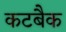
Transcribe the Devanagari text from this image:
कटबैक